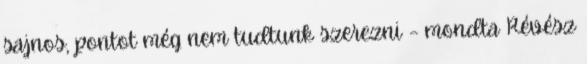
sajnos, pontot még nem tudtunk szerezni – mondta Révész